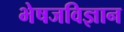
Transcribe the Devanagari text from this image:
भेषजविज्ञान